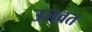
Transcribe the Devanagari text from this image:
उजवत